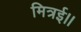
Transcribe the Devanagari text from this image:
मित्रई।।